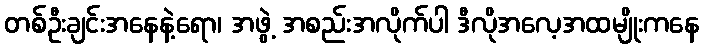
တစ်ဦးချင်းအနေနဲ့ရော၊ အဖွဲ့ အစည်းအလိုက်ပါ ဒီလိုအလေ့အထမျိုးကနေ